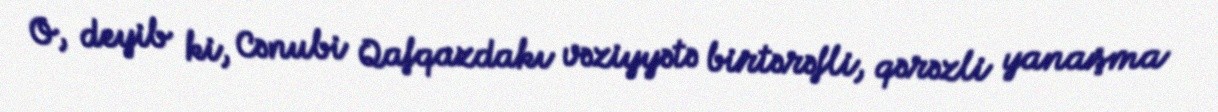
O, deyib ki, Cənubi Qafqazdakı vəziyyətə birtərəfli, qərəzli yanaşma